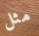
مثل